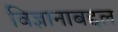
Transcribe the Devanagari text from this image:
विज्ञानाबद्दल